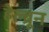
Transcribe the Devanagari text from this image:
हेल्ब्रून